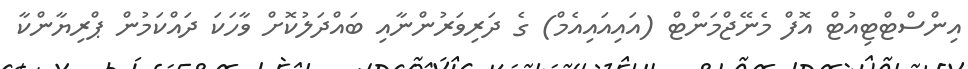
އިންސްޓްޓިއުޓް އޮފް މެނޭޖްމަންޓް (އައިއައިއެމް) ގެ ދަރިވަރުންނާއި ބައްދަލުކޮށް ވާހަކަ ދައްކަމުން ޕްރިޔާންކާ